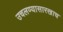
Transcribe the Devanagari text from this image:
उचलण्यासारखाच